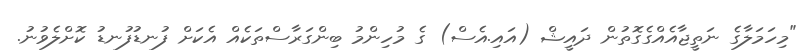
"މިހަމަލާގެ ނަތީޖާއެއްގެގޮތުން ދައީޝް (އައި.އެސް) ގެ މުހިންމު ބިންގަރާސްތަކެއް އެކަށް ފުނޑުފުނޑު ކޮށްލެވުނު.